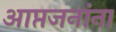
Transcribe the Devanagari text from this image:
आप्तजनांना